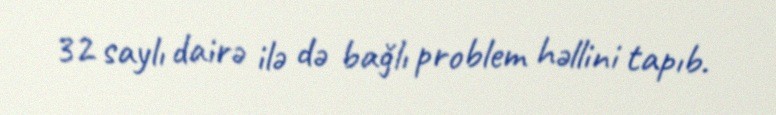
32 saylı dairə ilə də bağlı problem həllini tapıb.